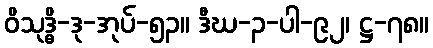
ဝိသုဒ္ဓိ-ဒု-အုပ်-၅၃။ ဒီဃ-၃-ပါ-၉၂၊ ဋ္ဌ-၇၈။